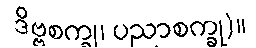
ဒိဗ္ဗစက္ခု၊ ပညာစက္ခု)။